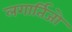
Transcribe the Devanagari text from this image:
लगार्तिजो